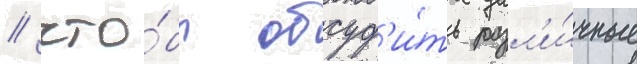
/ что́бы обсуд'и́ть разл'и́чные